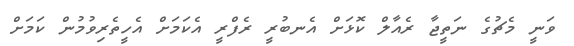
ވަނީ މެޗުގެ ނަތީޖާ ރެއާލް ކޮޅަށް އެނބުރީ ރެފްރީ އެކަމަށް އެހީތެރިވުމުން ކަމަށް